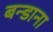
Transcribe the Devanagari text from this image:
बन्डाना